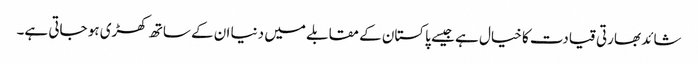
شائد بھارتی قیادت کا خیال ہے جیسے پاکستان کے مقابلے میں دنیا ان کے ساتھ کھڑی ہو جاتی ہے۔